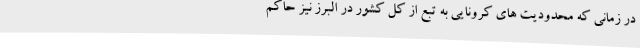
در زمانی که محدودیت های کرونایی به تبع از کل کشور در البرز نیز حاکم